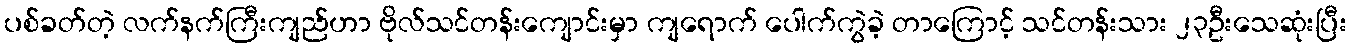
ပစ်ခတ်တဲ့ လက်နက်ကြီးကျည်ဟာ ဗိုလ်သင်တန်းကျောင်းမှာ ကျရောက် ပေါက်ကွဲခဲ့ တာကြောင့် သင်တန်းသား ၂၃ဦးသေဆုံးပြီး